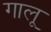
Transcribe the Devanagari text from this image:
गालू